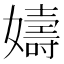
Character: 嬦